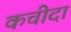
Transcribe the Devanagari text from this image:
कचीदा